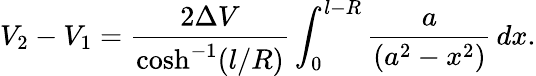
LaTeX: V_{2}-V_{1}=\frac{2\Delta V}{\cosh^{-1}(l/R)}\int_{0}^{l-R}\frac{a}{\left(a^{2}-x^{2}\right)}\, dx.